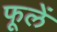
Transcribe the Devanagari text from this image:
फूलें